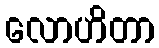
လောဟိတာ